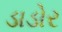
ડાડોર